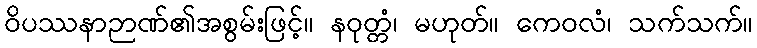
ဝိပဿနာဉာဏ်၏အစွမ်းဖြင့်။ နဝုတ္တံ၊ မဟုတ်။ ကေဝလံ၊ သက်သက်။